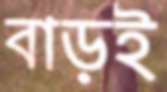
বাড়ই